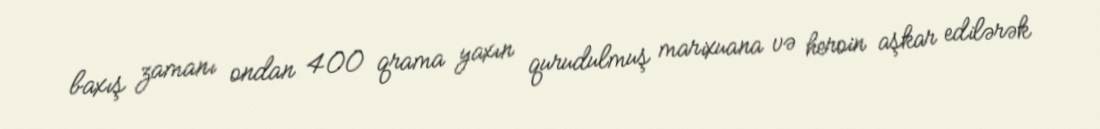
baxış zamanı ondan 400 qrama yaxın qurudulmuş marixuana və heroin aşkar edilərək